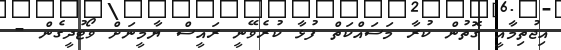
އިޖުތިމާއީ ގޮތުން ކުރާ މަސައްކަތް ފުޅާ ކުރެވޭނީ ރައީސް ޔާމީނަށް ވޯޓުދީގެން -